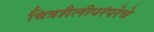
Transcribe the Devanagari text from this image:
चित्रशैलीपरंपरेचे